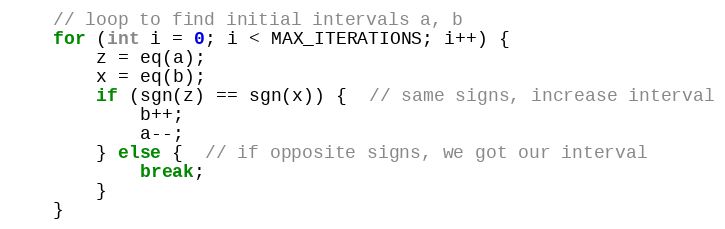
Language: C++
    // loop to find initial intervals a, b
    for (int i = 0; i < MAX_ITERATIONS; i++) {
        z = eq(a);
        x = eq(b);
        if (sgn(z) == sgn(x)) {  // same signs, increase interval
            b++;
            a--;
        } else {  // if opposite signs, we got our interval
            break;
        }
    }